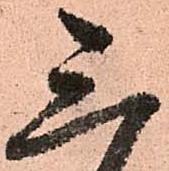
三